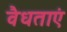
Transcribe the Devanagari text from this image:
वैधताएं